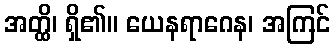
အတ္ထိ၊ ရှိ၏။ ယေနရာဂေန၊ အကြင်